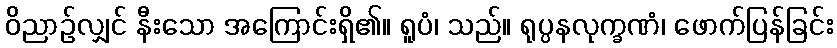
ဝိညာဉ်လျှင် နီးသော အကြောင်းရှိ၏။ ရူပံ၊ သည်။ ရုပ္ပနလုက္ခဏံ၊ ဖောက်ပြန်ခြင်း